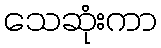
သေဆုံးကာ